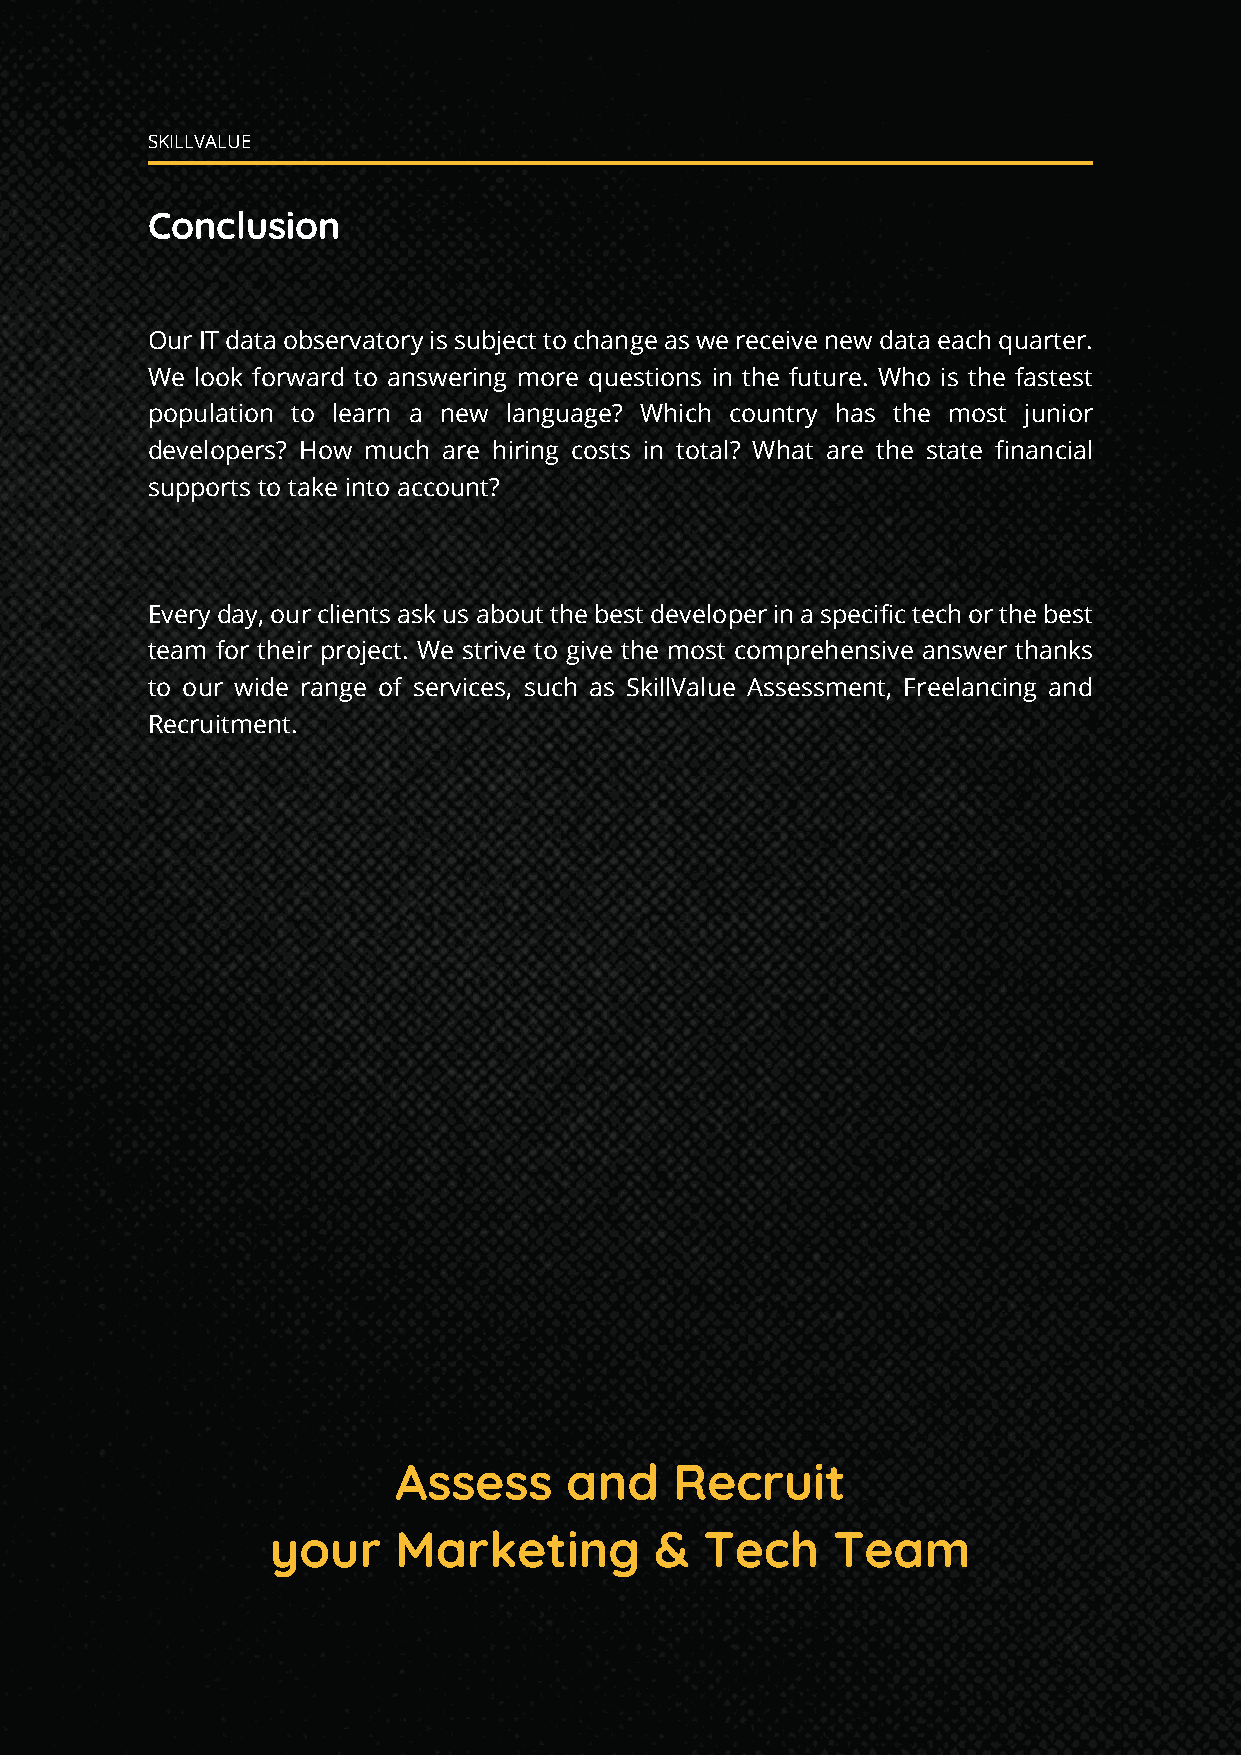
SKILLVALUE
 SKILLVALUE
 Conclusion
 Our IT data observatory is subject to change as we receive new data each quarter.
 We look forward to answering more questions in the future. Who is the fastest
 population to learn a new language? Which country has the most junior
 developers? How much are hiring costs in total? What are the state financial
 supports to take into account?
 Every day, our clients ask us about the best developer in a specific tech or the best
 team for their project. We strive to give the most comprehensive answer thanks
 to our wide range of services, such as SkillValue Assessment, Freelancing and
 Recruitment.
 Assess     and     Recruit
 your    Marketing        &   Tech    Team
 15